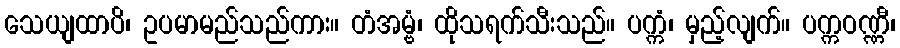
သေယျထာပိ၊ ဥပမာမည်သည်ကား။ တံအမ္ဗံ၊ ထိုသရက်သီးသည်။ ပက္ကံ၊ မှည့်လျက်။ ပက္ကဝဏ္ဏီ၊